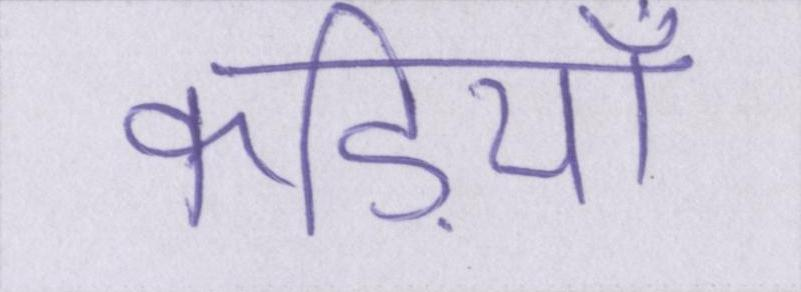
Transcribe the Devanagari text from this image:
कड़ियाँ